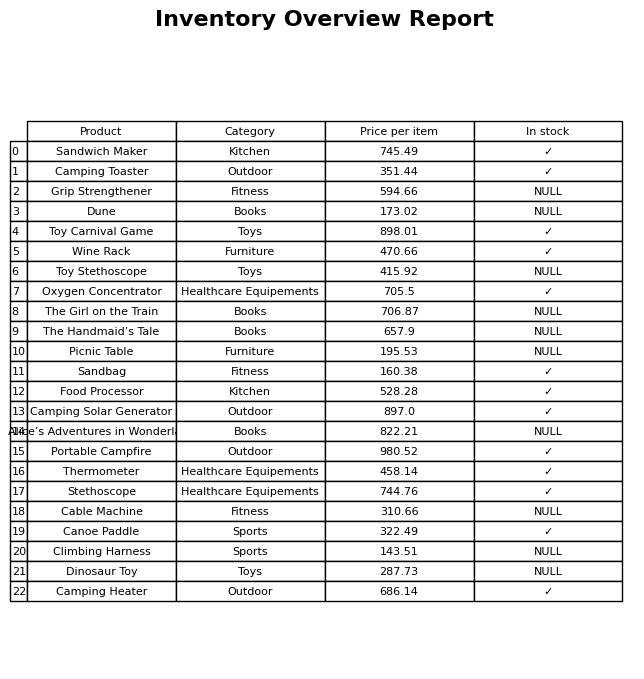
question: What is the price for Thermometer?
answer: The price of Thermometer is 458.14.